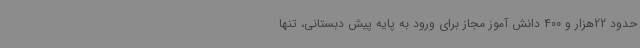
حدود 22هزار و 400 دانش آموز مجاز برای ورود به پایه پیش دبستانی، تنها